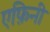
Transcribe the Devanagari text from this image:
एफ़िनी